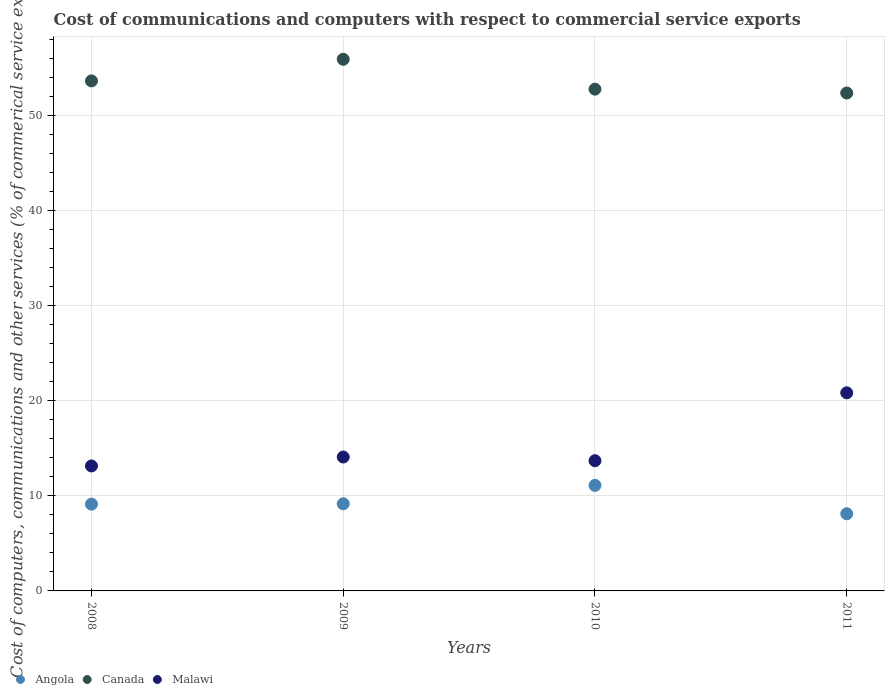
| Years | Angola | Canada | Malawi |
 | --- | --- | --- | --- |
 | 2008 | 9.12 | 53.6 | 13.1 |
 | 2009 | 9.17 | 55.9 | 14.1 |
 | 2010 | 11.1 | 52.8 | 13.7 |
 | 2011 | 8.11 | 52.4 | 20.8 |